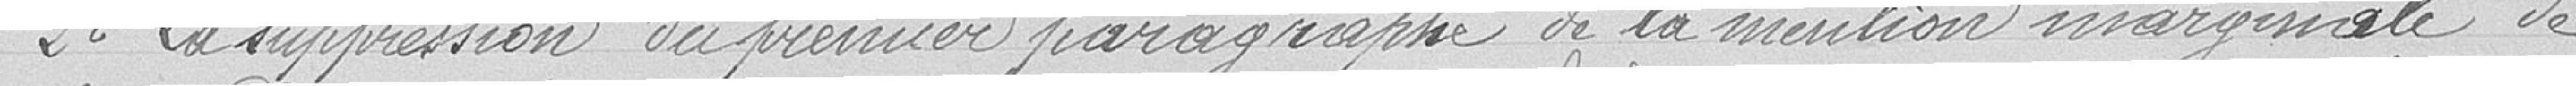
2è La suppression du premier paragraphe de la mention marginale de